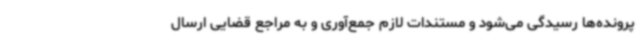
پرونده‌ها رسیدگی می‌شود و مستندات لازم جمع‌آوری و به مراجع قضایی ارسال